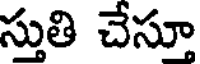
స్తుతి చేస్తూ